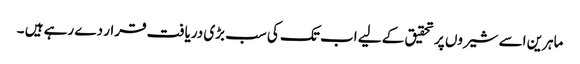
ماہرین اسے شیروں پر تحقیق کے لیے اب تک کی سب بڑی دریافت قرار دے رہے ہیں ۔